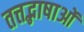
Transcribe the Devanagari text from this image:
तत्तद्भाषाओं